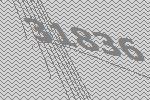
31836